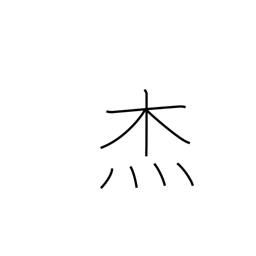
Meaning: hero